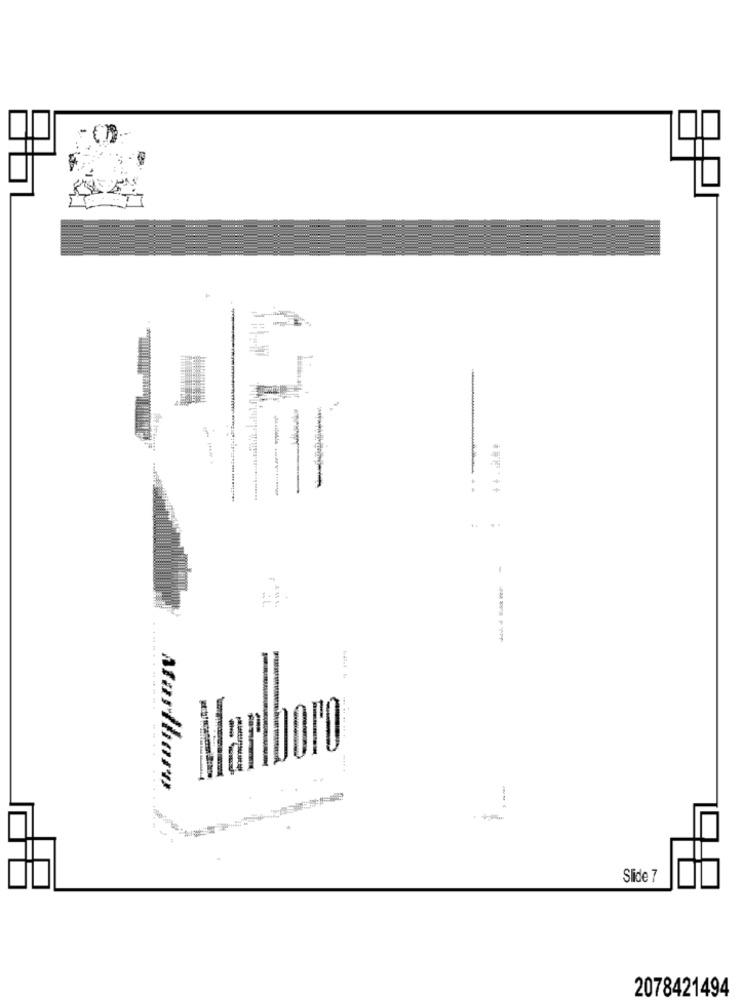
Atarihoro
Slide 7
2078421494